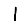
Digit: 1